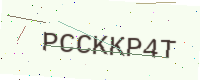
Text: PCCKKP4T